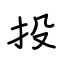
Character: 投